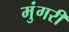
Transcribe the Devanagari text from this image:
मुंगरी